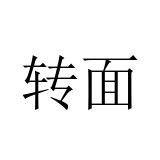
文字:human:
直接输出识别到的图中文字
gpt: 转面